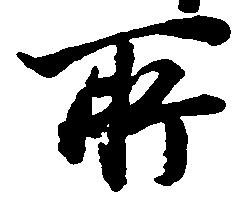
所